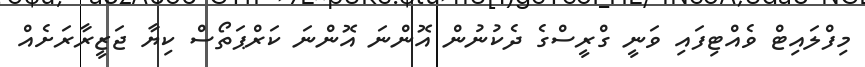
މިފްލައިޓް ވެއްޓިފައި ވަނީ ގްރީސްގެ ދެކުނުން އޮންނަ އޮންނަ ކަރްޕަތޯސް ކިޔާ ޖަޒީރާރަށެއް